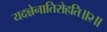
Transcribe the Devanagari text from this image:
यदन्नेनातिरोहति॥२॥